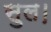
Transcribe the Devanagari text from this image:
सुल।